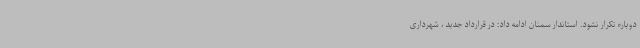
دوباره تکرار نشود. استاندار سمنان ادامه داد: در قرارداد جدید ، شهرداری